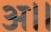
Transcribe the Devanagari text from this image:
अ।।